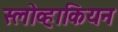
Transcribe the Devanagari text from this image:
स्लोव्हाकियन